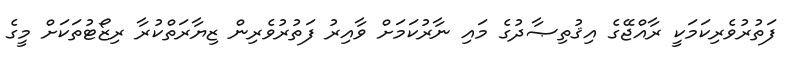
ފަތުރުވެރިކަމަކީ ރާއްޖޭގެ އިޤުތިޞާދުގެ މައި ނާރުކަމަށް ވާއިރު ފަތުރުވެރިން ޒިޔާރަތްކުރާ ރިޒޯޓުތަކަށް މީގެ